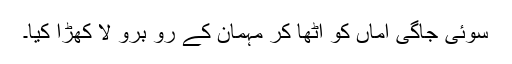
سوئی جاگی اماں کو اٹھا کر مہمان کے رو برو لا کھڑا کیا۔